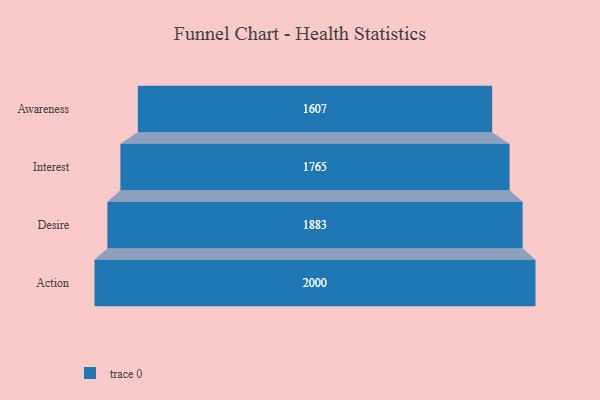
{"axis": {"x": "Stage", "y": "Value"}, "legend": [""], "data": [{"x": "Awareness", "y": 1607.0, "type": ""}, {"x": "Interest", "y": 1765.0, "type": ""}, {"x": "Desire", "y": 1883.0, "type": ""}, {"x": "Action", "y": 2000, "type": ""}]}